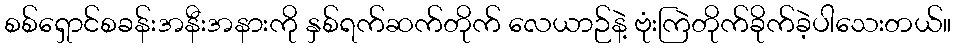
စစ်ရှောင်စခန်းအနီးအနားကို နှစ်ရက်ဆက်တိုက် လေယာဉ်နဲ့ ဗုံးကြဲတိုက်ခိုက်ခဲ့ပါသေးတယ်။